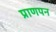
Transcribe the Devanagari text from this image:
प्राणपन